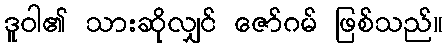
ဒူဝါ၏ သားဆိုလျှင် ဇော်ဂမ် ဖြစ်သည်။